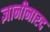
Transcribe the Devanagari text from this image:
ज्ञानीनारद